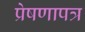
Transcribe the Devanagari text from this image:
प्रेषणापत्र